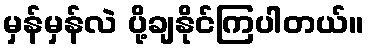
မှန်မှန်လဲ ပို့ချနိုင်ကြပါတယ်။